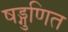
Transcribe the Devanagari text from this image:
षड्गुणित